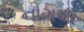
નાગલા